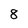
Character: 8